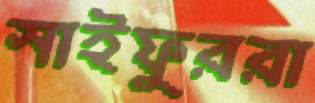
সাইফুররা